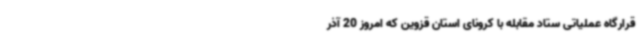
قرارگاه عملیاتی ستاد مقابله با کرونای استان قزوین که امروز 20 آذر